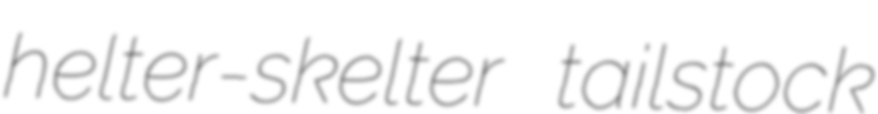
helter-skelter tailstock